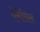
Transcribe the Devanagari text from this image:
ऐमेसिस